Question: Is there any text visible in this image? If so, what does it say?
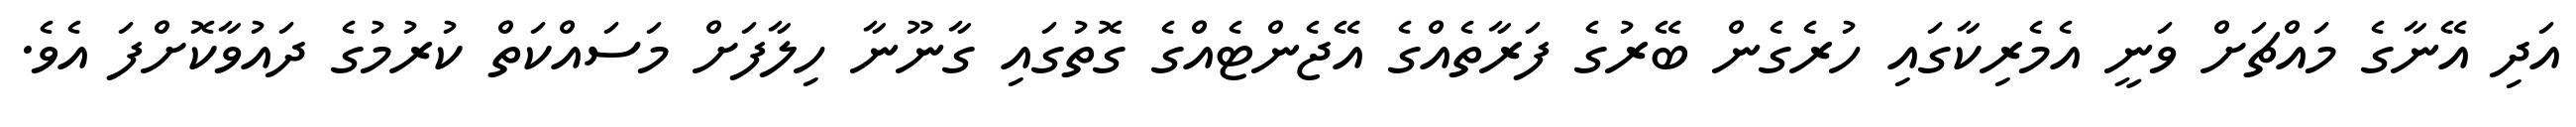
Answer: އަދި އޭނާގެ މައްޗަށް ވަނީ އެމެރިކާގައި ހުރެގެން ބޭރުގެ ފަރާތެއްގެ އޭޖެންޓެއްގެ ގޮތުގައި ގާނޫނާ ހިލާފަށް މަސައްކަތް ކުރުމުގެ ދައުވާކޮށްފަ އެވެ.